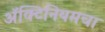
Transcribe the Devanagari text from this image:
ॲक्टिनियमचा